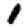
Digit: 1